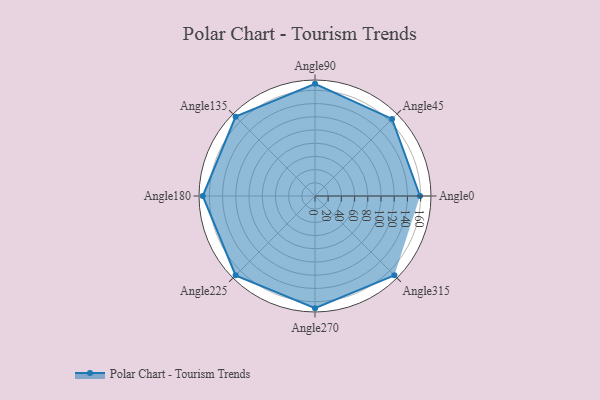
{"axis": {"x": "Angle", "y": "Radius"}, "legend": [""], "data": [{"x": "Angle0", "y": 159.0, "type": ""}, {"x": "Angle45", "y": 165.0, "type": ""}, {"x": "Angle90", "y": 170, "type": ""}, {"x": "Angle135", "y": 170, "type": ""}, {"x": "Angle180", "y": 170, "type": ""}, {"x": "Angle225", "y": 170, "type": ""}, {"x": "Angle270", "y": 170, "type": ""}, {"x": "Angle315", "y": 170, "type": ""}]}